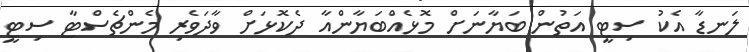
ލަނޑާ އެކު ސިޓީ އަތުން ބަޔާނަށް މޮޅެއްބަޔާންއާ ދެކޮޅަށް ވާދަވެރި މެންޗެސްޓާ ސިޓީ